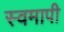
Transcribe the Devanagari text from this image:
स्वमापी